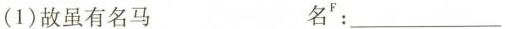
(1)故虽有名马 名^{ F}：___